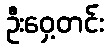
ဦးဝှေ့တင်း